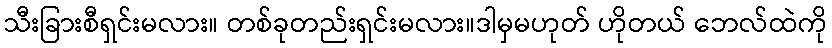
သီးခြားစီရှင်းမလား။ တစ်ခုတည်းရှင်းမလား။ဒါမှမဟုတ် ဟိုတယ် ဘေလ်ထဲကို